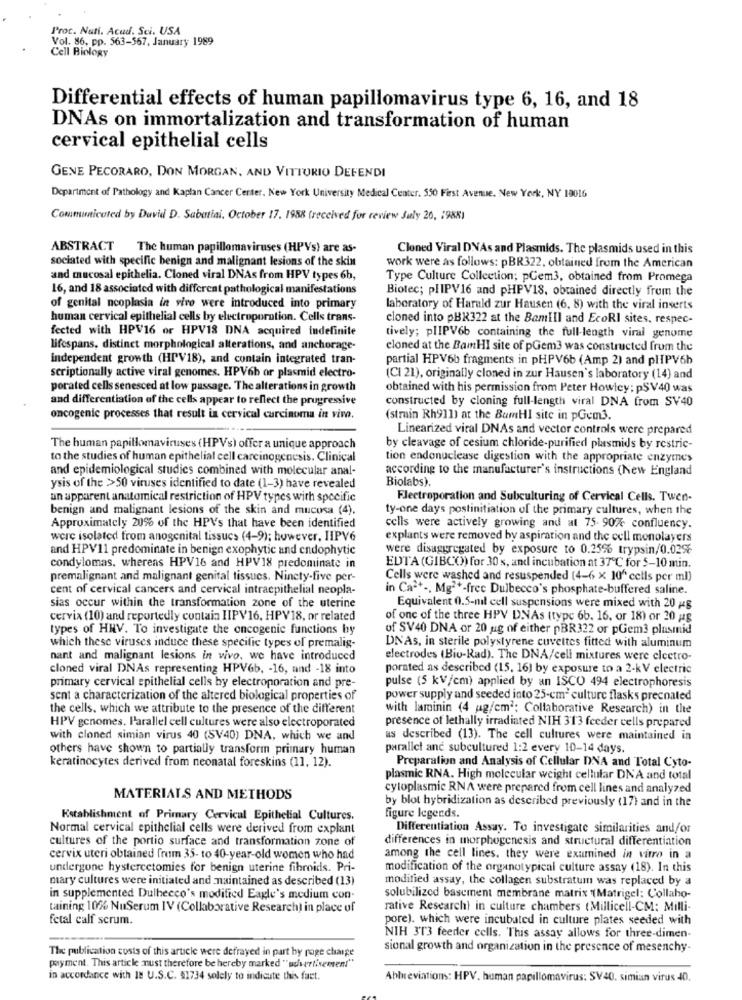
Proc. Nati. Acud. Sci. USA
Vol. 86, pp. 563-567, January 1989
Cell Biology
Differential effects of human papillomavirus type 6, 16, and 18
DNAs on immortalization and transformation of human
cervical epithelial cells
GENE PECORARO, DON MORGAN, AND VITTORIO DEFENDI
Department of Pathology and Kaplan Cancer Center, New York University Medical Center. 550 First Avenue. New York, NY 10016
Communicated by Duvid D. Sabatini, October 17. 1958 (received for review July 20, : 988)
ABSTRACT
The human papillomaviruses (HPVs) are as-
Cloned Viral DNAs and Plasmids. The plasmids used in this
sociated with specific benign and malignant lesions of the skin
work were as follows: pBR322, obtained from the American
and mucosal epithelia. Cloned viral DNAs from HPV types 6h,
Type Culture Collection; pCem3, obtained from Promega
16, and 18 associated with different pathological manifestations
Biotec; plIPV16 and pHPV18, obtained directly from the
of genital neoplasia in vivo were introduced into primary
laboratory of Harald zur Hausen (6, 8) with the viral inserts
human cervical epithelial cells by electroporation. Cells trans-
cloned into pBX322 at the BamiIl and EcoRI sites, respec-
fected with HPV16 or HPV18 DNA acquired indefinite
tively; plIPV6b containing the full-length viral genome
lifespans, distinct morphological alterations, and anchorage-
cloned at the BamHI site of pGem3 was constructed from the
independent growth (HPV18), and contain integrated tran-
partial HPV6b fragments in pHPV6b (Amp 2) and plIPV6h
scriptionally active viral genomes. HPV6b or plasmid electro-
(CI 21), originally cloned in zur Hausen's laboratory (14) and
porated cells senesced at low passage. The alterations in growth
obtained with his permission from Peter Howley: pSV40 was
and differentiation of the cells appear to reflect the progressive
constructed by cloning full-length viral DNA from SV40
oncogenic processes that result in cervical carcinoma in vivo.
(strain Rh911) at the BamHI site in pGem3.
Linearized viral DNAs and vector controls were prepared
The human papillomaviruses (HPVs) offer a unique approach
by cleavage of cesium chloride-purified plasmids by restric-
to the studies of human epithelial cell carcinogenesis. Clinical
tion endonuclease digestion with the appropriate enzymes
and epidemiological studies combined with molecular anal-
according to the manufacturer's instructions (New England
Biolabs).
ysis of the >50 viruses identified to date (1-3) have revealed
an apparent anatomical restriction of HPV types with specific
Electroporation and Subculturing of Cervical Cells. Twen-
benign and malignant lesions of the skin and mucosa (4).
ty-one days postinitiation of the primary cultures, when the
Approximately 20% of the HPV's that have been identified
cells were actively growing and at 75- 90% confluency.
were isolated from anogenital tissucs (4-9); however, IIPV6
explants were removed by aspiration and the cell monolayers
and HPV11 predominate in benign exophytic and endophytic
were disaggregated by exposure to 0.25% trypsin/0.02%
condylomas, whereas HPV16 and HPV18 predominate in
EDTA (GIBCO) for 30 s, and incubation at 37℃ for 5-10 min.
premalignant and malignant genital tissues. Ninety-five per-
Cells were washed and resuspended (4-6 x 10" cells per ml)
cent of cervical cancers and cervical intraepithelial neopla-
in Ca-+ -, Mg2+-free Dulbecco's phosphate-buffered saline.
sias occur within the transformation zone of the uterine
Equivalent 0.5-mil cell suspensions were mixed with 20 gg
cervix (10) and reportedly contain IIPV16, HPV18, or related
of one of the three HPV DNAs (type 6b. 16, or 18) or 20 ug
types of HHV. To investigate the oncogenic functions by
of SV40 DNA or 20 ug of either pBR322 or pGem3 plasmid
which these viruses induce these specific types of premalig-
DNAs, in sterile polystyrene cuvettes fitted with aluminum
nant and malignant lesions in vivo, we have introduced
electrodes (Bio-Rad). The DNA/cell mixtures were electro-
cloned viral DNAs representing HPV6b, - 16, and -18 into
porated as described (15, 16) by exposure to a 2-kV electric
primary cervical epithelial cells by electroporation and pre-
pulse (5 kV/cm) applied by an ISCO 494 electrophoresis
sent a characterization of the altered biological properties of
power supply and seeded into 25-cm- culture flasks precnated
the cells, which we attribute to the presence of the different
with laminin (4 ug/cm ; Collaborative Research) in the
presence of lethally irradiated NIH 313 feeder cells prepared
HPV genomes. Parallel cell cultures were also electroporated
with cloned simian virus 40 (SV40) DNA, which we and
us described (13). The cell cultures were maintained in
others have shown to partially transform primary human
parallel and subcultured 1:2 every 10-14 days.
Preparation and Analysis of Cellular DNA and Total Cyto-
keratinocytes derived from neonatal foreskins (11, 12).
plasmic RNA. High molecular weight cellular DNA and total
cytoplasmic RNA were prepared from cell lines and analyzed
MATERIALS AND METHODS
by blot hybridization as described previously (17) and in the
Establishment of Primary Cervical Epithelial Cultures.
figure legends.
Normal cervical epithelial cells were derived from explant
Differentiation Assay. To investigate similarities and/or
cultures of the portio surface and transformation zone of
differences in morphogenesis and structural differentiation
cervix uteri obtained from 35- to 40-year-old women who had
among the cell lines, they were examined in vitro in a
undergone hystercetomies for benign uterine fibroids. Pri-
modification of the organotypical culture assay (18). In this
mary cultures were initiated and maintained as described (13)
modified assay, the collagen substratum was replaced by a
in supplemented Dulbecco's modified Eagle's medium con-
solubilized basement membrane matrix "(Matrigel: Collaho-
taining 10% NuSerum IV (Collaborative Research) in place of
rative Research) in culture chambers (Millicell-CM: Milli-
fetal calf scrum.
pore). which were incubated in culture plates seeded with
NIH 303 feeder cells. This assay allows for three-dimen-
The publication costs of this article were defrayed in part by roge change
sional growth and organization in the presence of mesenchy-
payment. This article must therefore be hereby marked " advertisemen!"
in accordance with IN U.S.C. $1734 solely to indicate this fact.
Abbreviations: HPV, human papillomavirus: SV40. simian virus 40.